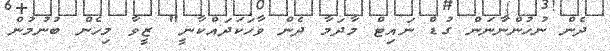
ދެން ނުހުންނާނަން ގުޑް ނައިޓް މާދަމާ ދެން ވާހަކަދައްކާނީ" ޒީވާ މިހެން ބުނުމުން